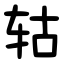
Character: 轱